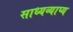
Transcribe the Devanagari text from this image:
साध्यव्याप्य